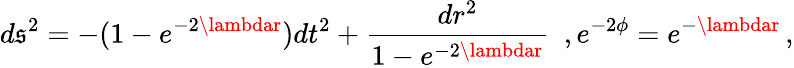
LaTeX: d\mathfrak{s}^{2}=-(1-e^{-2\lambdar})dt^{2}+\frac{{dr^{2}}}{{1-e^{-2\lambdar}}}\, \, \, ,e^{-2\phi}=e^{-\lambdar}\, ,